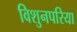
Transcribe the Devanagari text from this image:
विशुनपरिया